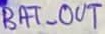
Text: BAT_OUT